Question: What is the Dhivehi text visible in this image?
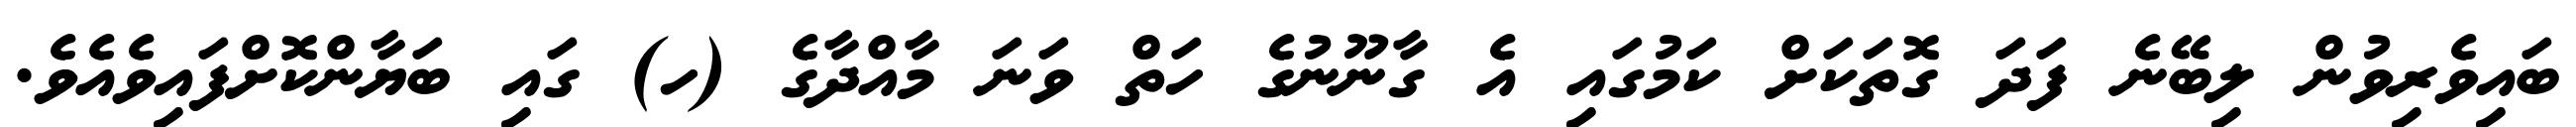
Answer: ބައިވެރިވުން ލިބޭނެ ފަދަ ގޮތަކަށް ކަމުގައި އެ ގާނޫނުގެ ހަތް ވަނަ މާއްދާގެ (ހ) ގައި ބަޔާންކޮށްފައިވެއެވެ.